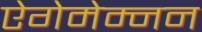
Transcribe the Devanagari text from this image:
ऐगेमेम्नन